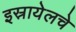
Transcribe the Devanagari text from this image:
इस्रायेलचे